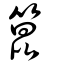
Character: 箟